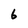
Character: 6